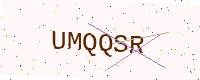
Text: UMQQSR